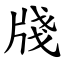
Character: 牋